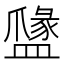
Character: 𥂼